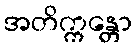
အတိက္ကန္တော